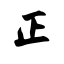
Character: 正